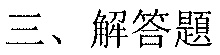
三、解答題